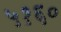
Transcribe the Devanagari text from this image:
५१६०